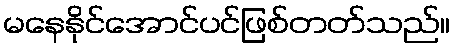
မနေနိုင်အောင်ပင်ဖြစ်တတ်သည်။